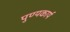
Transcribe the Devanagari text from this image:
पुण्यकार्य